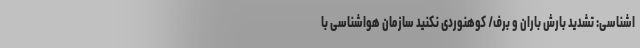
اشناسی: تشدید بارش باران و برف/ کوهنوردی نکنید سازمان هواشناسی با